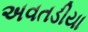
અવતડીયા